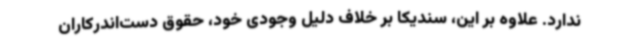
ندارد. علاوه بر این، سندیکا بر خلاف دلیل وجودی خود، حقوق دست‌اندرکاران